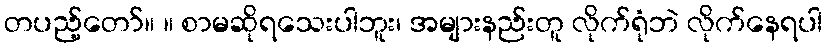
တပည့်တော်။ ။ စာမဆိုရသေးပါဘူး၊ အများနည်းတူ လိုက်ရုံဘဲ လိုက်နေရပါ